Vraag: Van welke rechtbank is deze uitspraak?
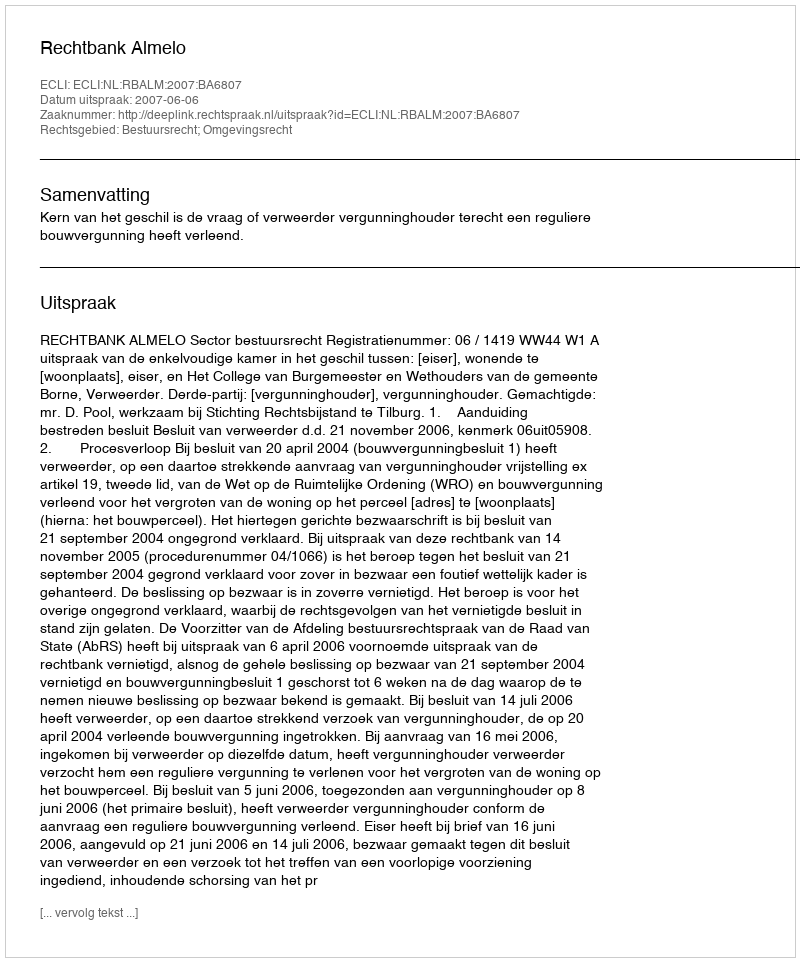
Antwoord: Rechtbank Almelo